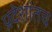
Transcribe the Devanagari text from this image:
प्रदेशांतच